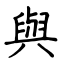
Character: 與